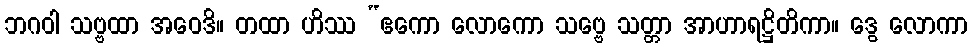
ဘဂဝါ သဗ္ဗထာ အဝေဒိ။ တထာ ဟိဿ “ဧကော လောကော သဗ္ဗေ သတ္တာ အာဟာရဋ္ဌိတိကာ။ ဒွေ လောကာ